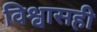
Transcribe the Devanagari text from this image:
विश्वासही